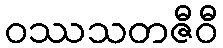
ဝဿသတဇီဝီ